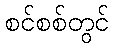
စင်စစ်တွင်